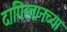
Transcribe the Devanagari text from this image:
दागिस्तानच्या